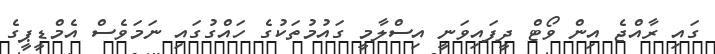
ގައި ރާއްޖެ އިން ވޯޓް ދީފައިވަނީ އިސްލާމީ ގައުމުތަކުގެ ހައްގުގައި ނަމަވެސް އެމްޑީޕީގެ